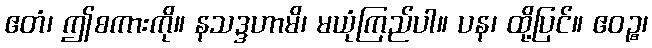
ဧတံ၊ ဤစကားကို။ နသဒ္ဒဟာမိ၊ မယုံကြည်ပါ။ ပန၊ ထို့ပြင်။ ဧဝဉ္စ၊